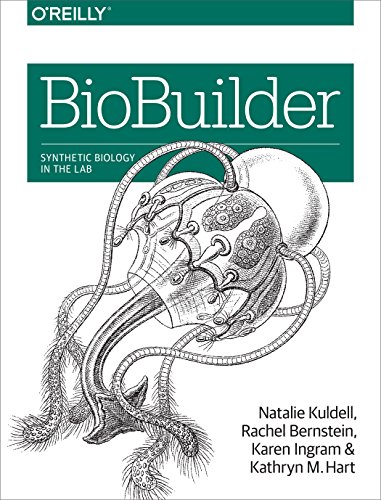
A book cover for BioBuilder; Natalie Kuldell; Medical Books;